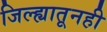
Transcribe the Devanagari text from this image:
जिल्ह्यातूनही